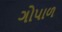
ગોપાળ